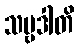
သဗ္ဗဒါတိ